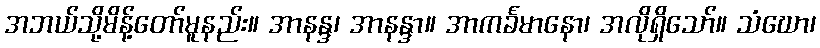
အဘယ်သို့မိန့်တော်မူနည်း။ အာနန္ဒ၊ အာနန္ဒာ။ အာကင်္ခမာနော၊ အလိုရှိသော်။ သံဃော၊